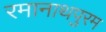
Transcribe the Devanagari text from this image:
रमानाथपुरम